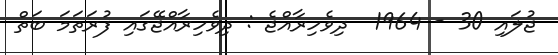
ޖުލައި 30 - 1964  ދިވެހިރާއްޖެ : ދިވެހިރާއްޖޭގައި ފުރަތަމަ ބަތް